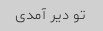
تو دیر آمدی